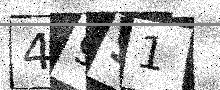
Text: 49S1